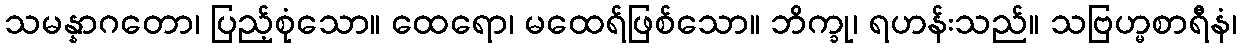
သမန္နာဂတော၊ ပြည့်စုံသော။ ထေရော၊ မထေရ်ဖြစ်သော။ ဘိက္ခု၊ ရဟန်းသည်။ သဗြဟ္မစာရီနံ၊